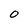
Character: O